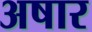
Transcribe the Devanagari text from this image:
अषार